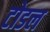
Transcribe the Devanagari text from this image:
टोडल